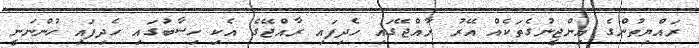
ރައްޔިތުންގެ އިންޖީނުގެތަކެއް އޭރު ރާއްޖޭގައި ހެދިފައި ރާއްޖޭގެ އެކި ހިސާބުގައި ހެދިފައި ހުންނަނީ